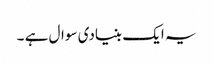
یہ ایک بنیادی سوال ہے ۔